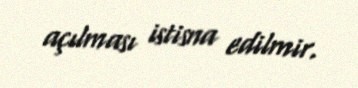
açılması istisna edilmir.